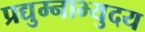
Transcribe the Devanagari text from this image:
प्रद्युम्नाभ्युदय